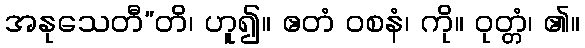
အနုသေတီ”တိ၊ ဟူ၍။ ဧတံ ဝစနံ၊ ကို။ ဝုတ္တံ၊ ၏။